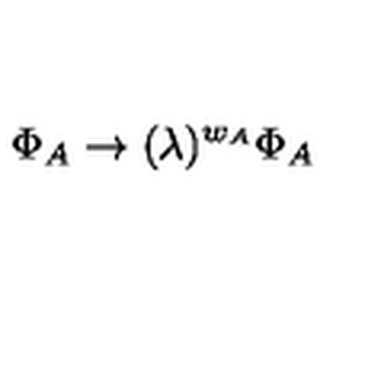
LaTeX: \Phi _ { A } \rightarrow ( \lambda ) ^ { w _ { A } } \Phi _ { A }